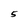
Character: 5